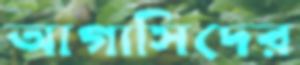
আগাসিদের